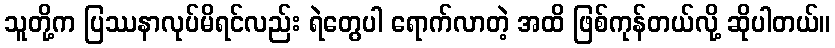
သူတို့က ပြဿနာလုပ်မိရင်လည်း ရဲတွေပါ ရောက်လာတဲ့ အထိ ဖြစ်ကုန်တယ်လို့ ဆိုပါတယ်။